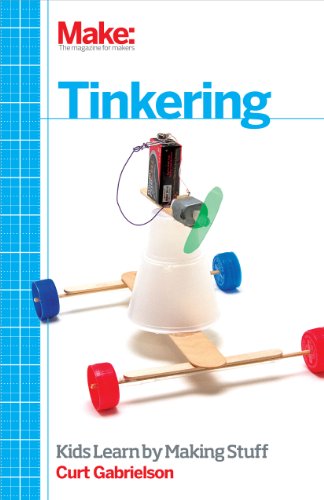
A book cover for Make: Tinkering: Kids Learn by Making Stuff; Curt Gabrielson; Education & Teaching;